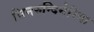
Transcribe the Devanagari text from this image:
सिनरुन्दिनेरिया